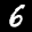
Label: 6